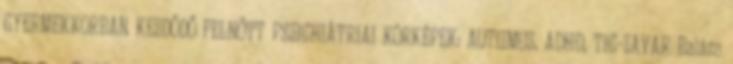
GYERMEKKORBAN KEZDŐDŐ FELNŐTT PSZICHIÁTRIAI KÓRKÉPEK: AUTIZMUS, ADHD, TIC-ZAVAR Balázs